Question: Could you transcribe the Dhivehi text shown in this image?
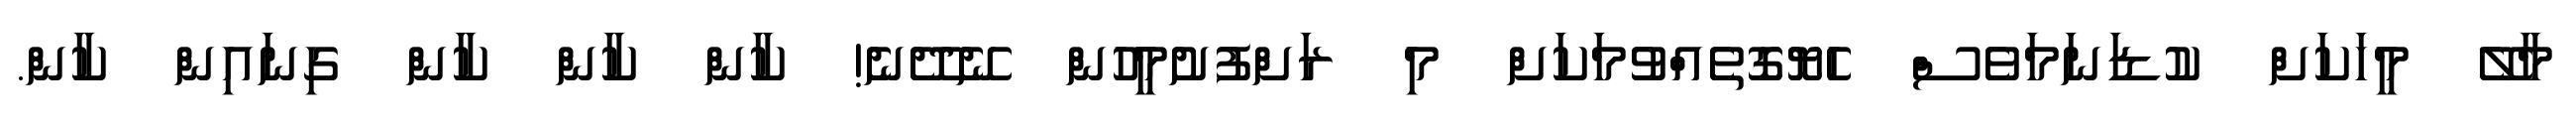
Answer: މާލޭ މީހަކަށް ކުޑަނަމަވެސް ހެޔޮގޮތެއްވުމަކަށް މި ރަށްފުށުމީހުން ނޭދޭނެ! ކާން ކާން ކާން ގިނައިން ކާން.